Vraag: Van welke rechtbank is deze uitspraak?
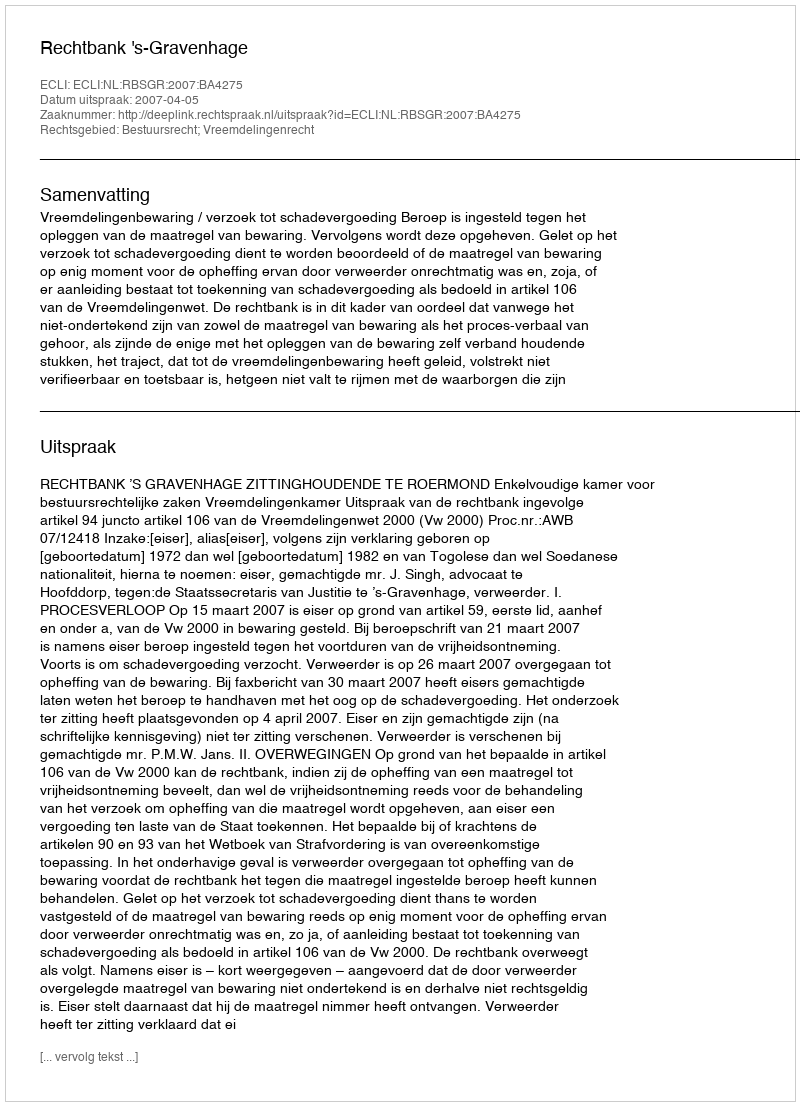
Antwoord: Rechtbank 's-Gravenhage